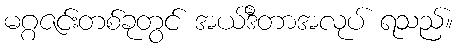
မဂ္ဂဇင်းတစ်ခုတွင် အယ်ဒီတာအလုပ် ရသည်။